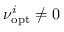
\nu _ { \mathrm { o p t } } ^ { i } \neq 0